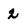
Character: 2